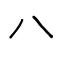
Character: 八